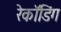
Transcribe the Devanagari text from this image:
रेकॉडिंग